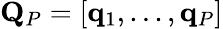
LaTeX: \mathbf{Q}_{P}=[\mathbf{q}_{1},...,\mathbf{q}_{P}]